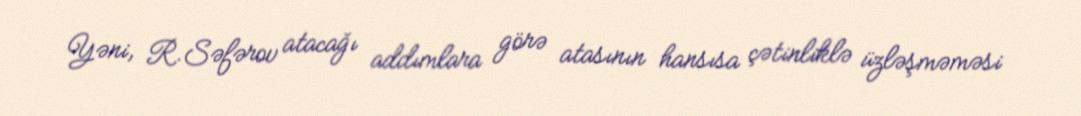
Yəni, R.Səfərov atacağı addımlara görə atasının hansısa çətinliklə üzləşməməsi